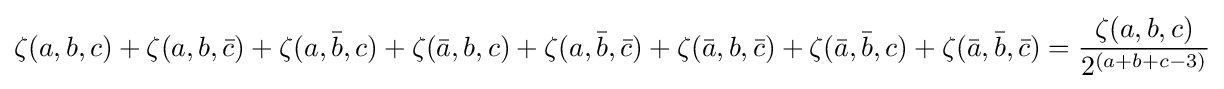
\zeta (a,b,c)+\zeta (a,b,{\bar {c}})+\zeta (a,{\bar {b}},c)+\zeta ({\bar {a}},b,c)+\zeta (a,{\bar {b}},{\bar {c}})+\zeta ({\bar {a}},b,{\bar {c}})+\zeta ({\bar {a}},{\bar {b}},c)+\zeta ({\bar {a}},{\bar {b}},{\bar {c}})={\frac {\zeta (a,b,c)}{2^{(a+b+c-3)}}}